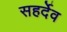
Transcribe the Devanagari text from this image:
सहर्देव